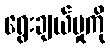
ရွေးချယ်မှုကို